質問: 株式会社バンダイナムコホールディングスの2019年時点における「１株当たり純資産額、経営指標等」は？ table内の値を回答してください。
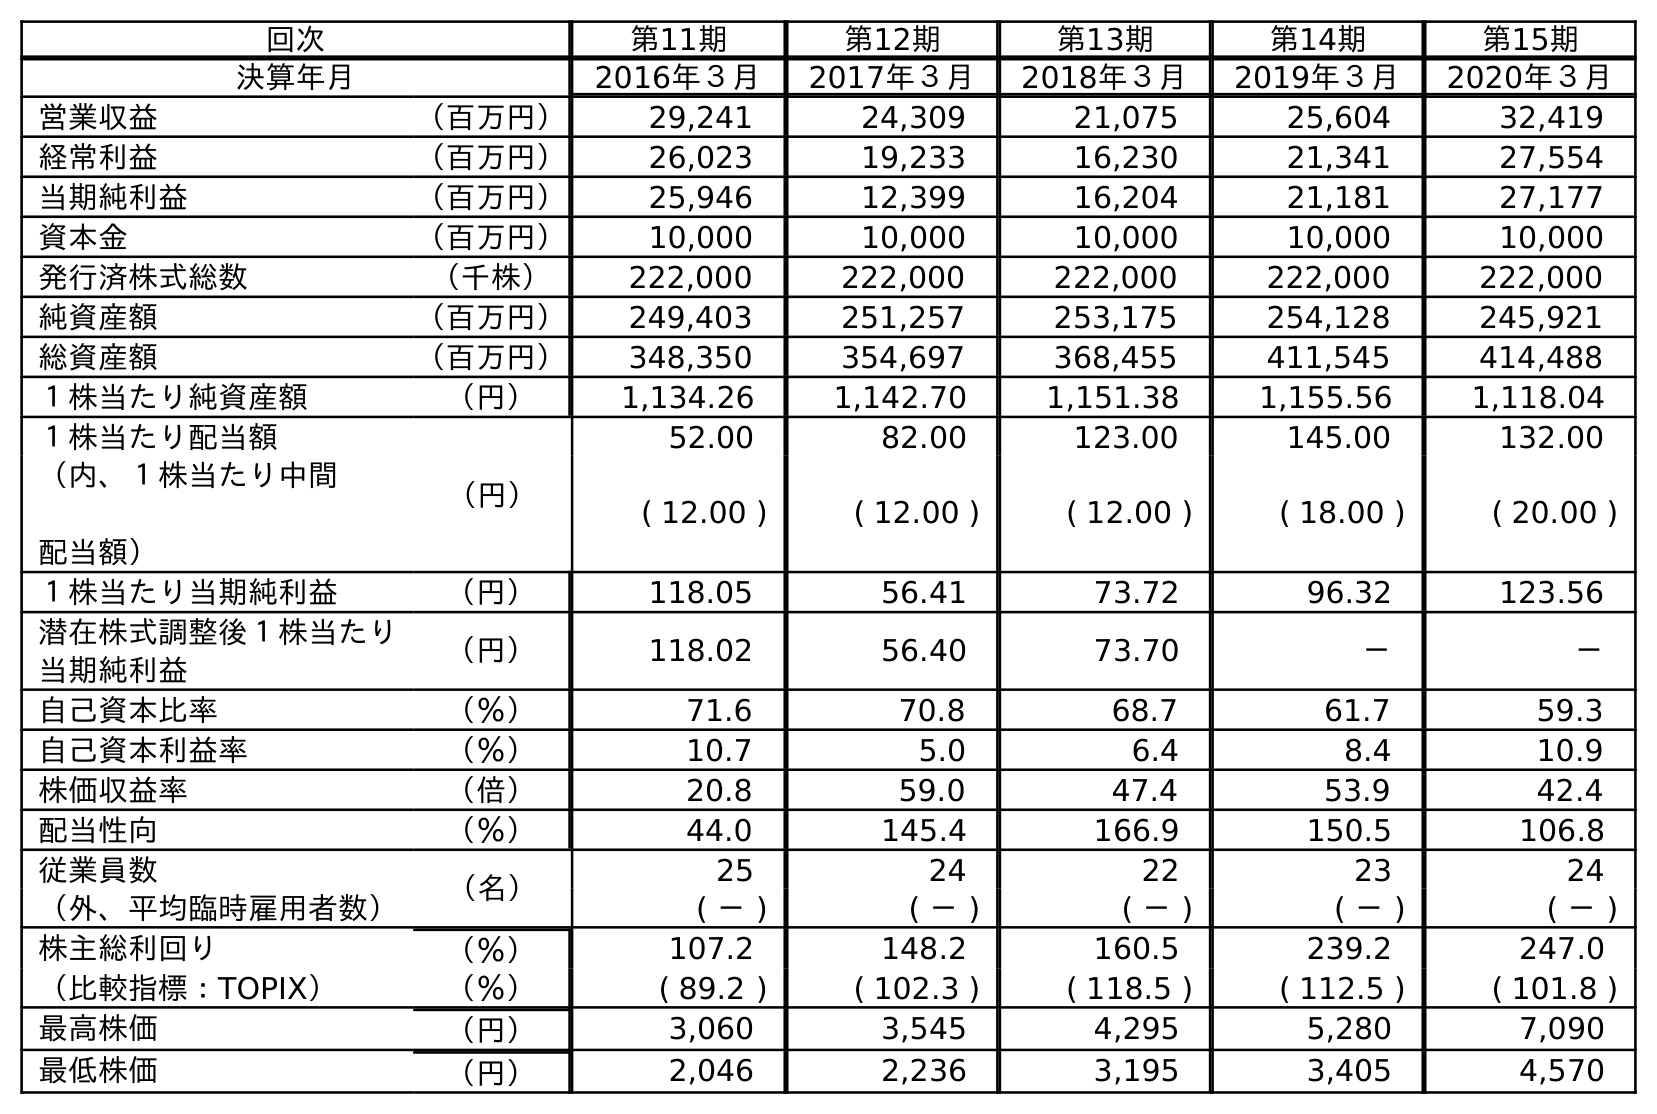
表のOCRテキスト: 回次 第11期 第12期 第13期 第14期 第15期 決算年月 2016年３月 2017年３月 2018年３月 2019年３月 2020年３月 営業収益 （百万円） 29,241 24,309 21,075 25,604 32,419 経常利益 （百万円） 26,023 19,233 16,230 21,341 27,554 当期純利益 （百万円） 25,946 12,399 16,204 21,181 27,177 資本金 （百万円） 10,000 10,000 10,000 10,000 10,000 発行済株式総数 （千株） 222,000 222,000 222,000 222,000 222,000 純資産額 （百万円） 249,403 251,257 253,175 254,128 245,921 総資産額 （百万円） 348,350 354,697 368,455 411,545 414,488 １株当たり純資産額 （円） 1,134.26 1,142.70 1,151.38 1,155.56 1,118.04 １株当たり配当額 （円） 52.00 82.00 123.00 145.00 132.00 （内、１株当たり中間 配当額） ( 12.00 ) ( 12.00 ) ( 12.00 ) ( 18.00 ) ( 20.00 ) １株当たり当期純利益 （円） 118.05 56.41 73.72 96.32 123.56 潜在株式調整後１株当たり 当期純利益 （円） 118.02 56.40 73.70 － － 自己資本比率 （％） 71.6 70.8 68.7 61.7 59.3 自己資本利益率 （％） 10.7 5.0 6.4 8.4 10.9 株価収益率 （倍） 20.8 59.0 47.4 53.9 42.4 配当性向 （％） 44.0 145.4 166.9 150.5 106.8 従業員数 （名） 25 24 22 23 24 （外、平均臨時雇用者数） ( － ) ( － ) ( － ) ( － ) ( － ) 株主総利回り （％） 107.2 148.2 160.5 239.2 247.0 （比較指標：TOPIX） （％） ( 89.2 ) ( 102.3 ) ( 118.5 ) ( 112.5 ) ( 101.8 ) 最高株価 （円） 3,060 3,545 4,295 5,280 7,090 最低株価 （円） 2,046 2,236 3,195 3,405 4,570
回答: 1,155.56